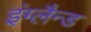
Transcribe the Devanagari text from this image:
इंग्लैन्ड